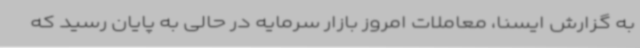
به گزارش ایسنا، معاملات امروز بازار سرمایه در حالی به پایان رسید که